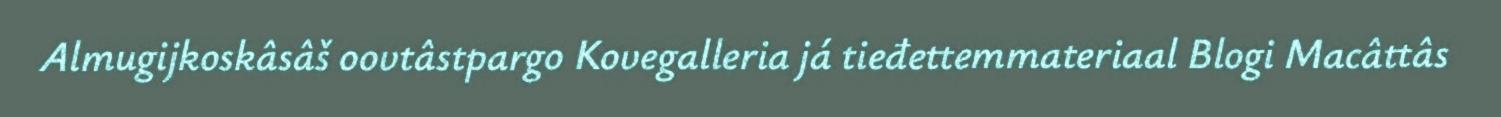
Almugijkoskâsâš oovtâstpargo Kovegalleria já tieđettemmateriaal Blogi Macâttâs